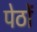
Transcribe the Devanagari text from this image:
पेठों